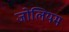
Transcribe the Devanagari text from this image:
जोलियम